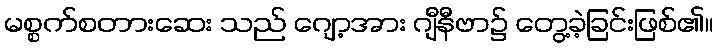
မစ္စက်စတားဆေး သည် ဂျော့အား ဂျီနီဗာ၌ တွေ့ခဲ့ခြင်းဖြစ်၏။